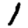
Digit: 1